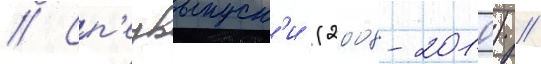
// Сп'ецвыпуск'и (2008-2010) //